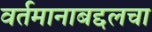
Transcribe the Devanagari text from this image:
वर्तमानाबद्दलचा